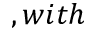
, w i t h